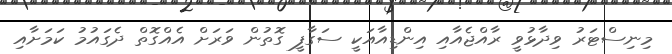
މިނިސްޓަރު ވިދާޅުވީ ރާއްޖެއާއި އިންޑިއާއަކީ ސަގާފީ ގޮތުން ވަރަށް އެއްގޮތް ދެގައުމު ކަމަށާއި